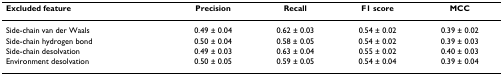
<table><thead><tr><td><b>Excluded feature</b></td><td><b>Precision</b></td><td><b>Recall</b></td><td><b>F1 score</b></td><td><b>MCC</b></td></tr></thead><tbody><tr><td>Side-chain van der Waals</td><td>0.49 ± 0.04</td><td>0.62 ± 0.03</td><td>0.54 ± 0.02</td><td>0.39 ± 0.02</td></tr><tr><td>Side-chain hydrogen bond</td><td>0.50 ± 0.04</td><td>0.58 ± 0.05</td><td>0.54 ± 0.02</td><td>0.39 ± 0.03</td></tr><tr><td>Side-chain desolvation</td><td>0.49 ± 0.03</td><td>0.63 ± 0.04</td><td>0.55 ± 0.02</td><td>0.40 ± 0.03</td></tr><tr><td>Environment desolvation</td><td>0.50 ± 0.05</td><td>0.59 ± 0.05</td><td>0.54 ± 0.04</td><td>0.39 ± 0.04</td></tr></tbody></table>